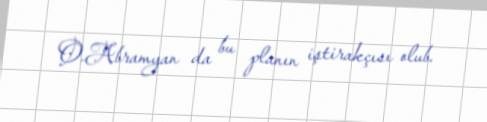
O.Abramyan da bu planın iştirakçısı olub.